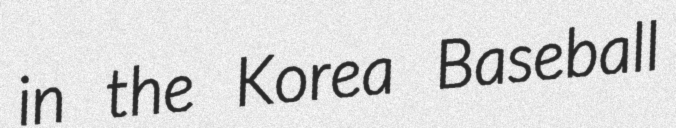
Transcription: in the Korea Baseball